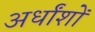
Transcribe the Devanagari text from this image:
अर्धांशों